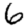
Digit: 6